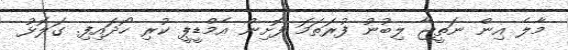
މާލެ އިން ނަތީޖާ ލިބުނު ފުރަތަމަ ފޮށިން އެމްޑީޕީ ކުރި ހޯދައިފި. ގަލޮޅު